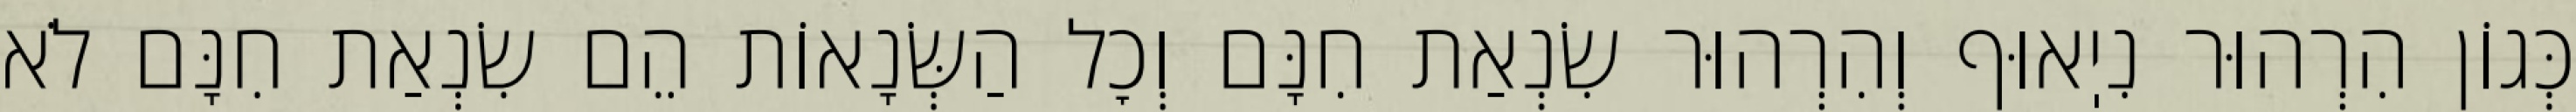
כְּגוֹן הִרְהוּר נִיֽאוּף וְהִרְהוּר שִׂנְאַת חִנָּם וְכׇל הַשְּׂנָאוֹת הֵם שִׂנְאַת חִנָּם לֹא